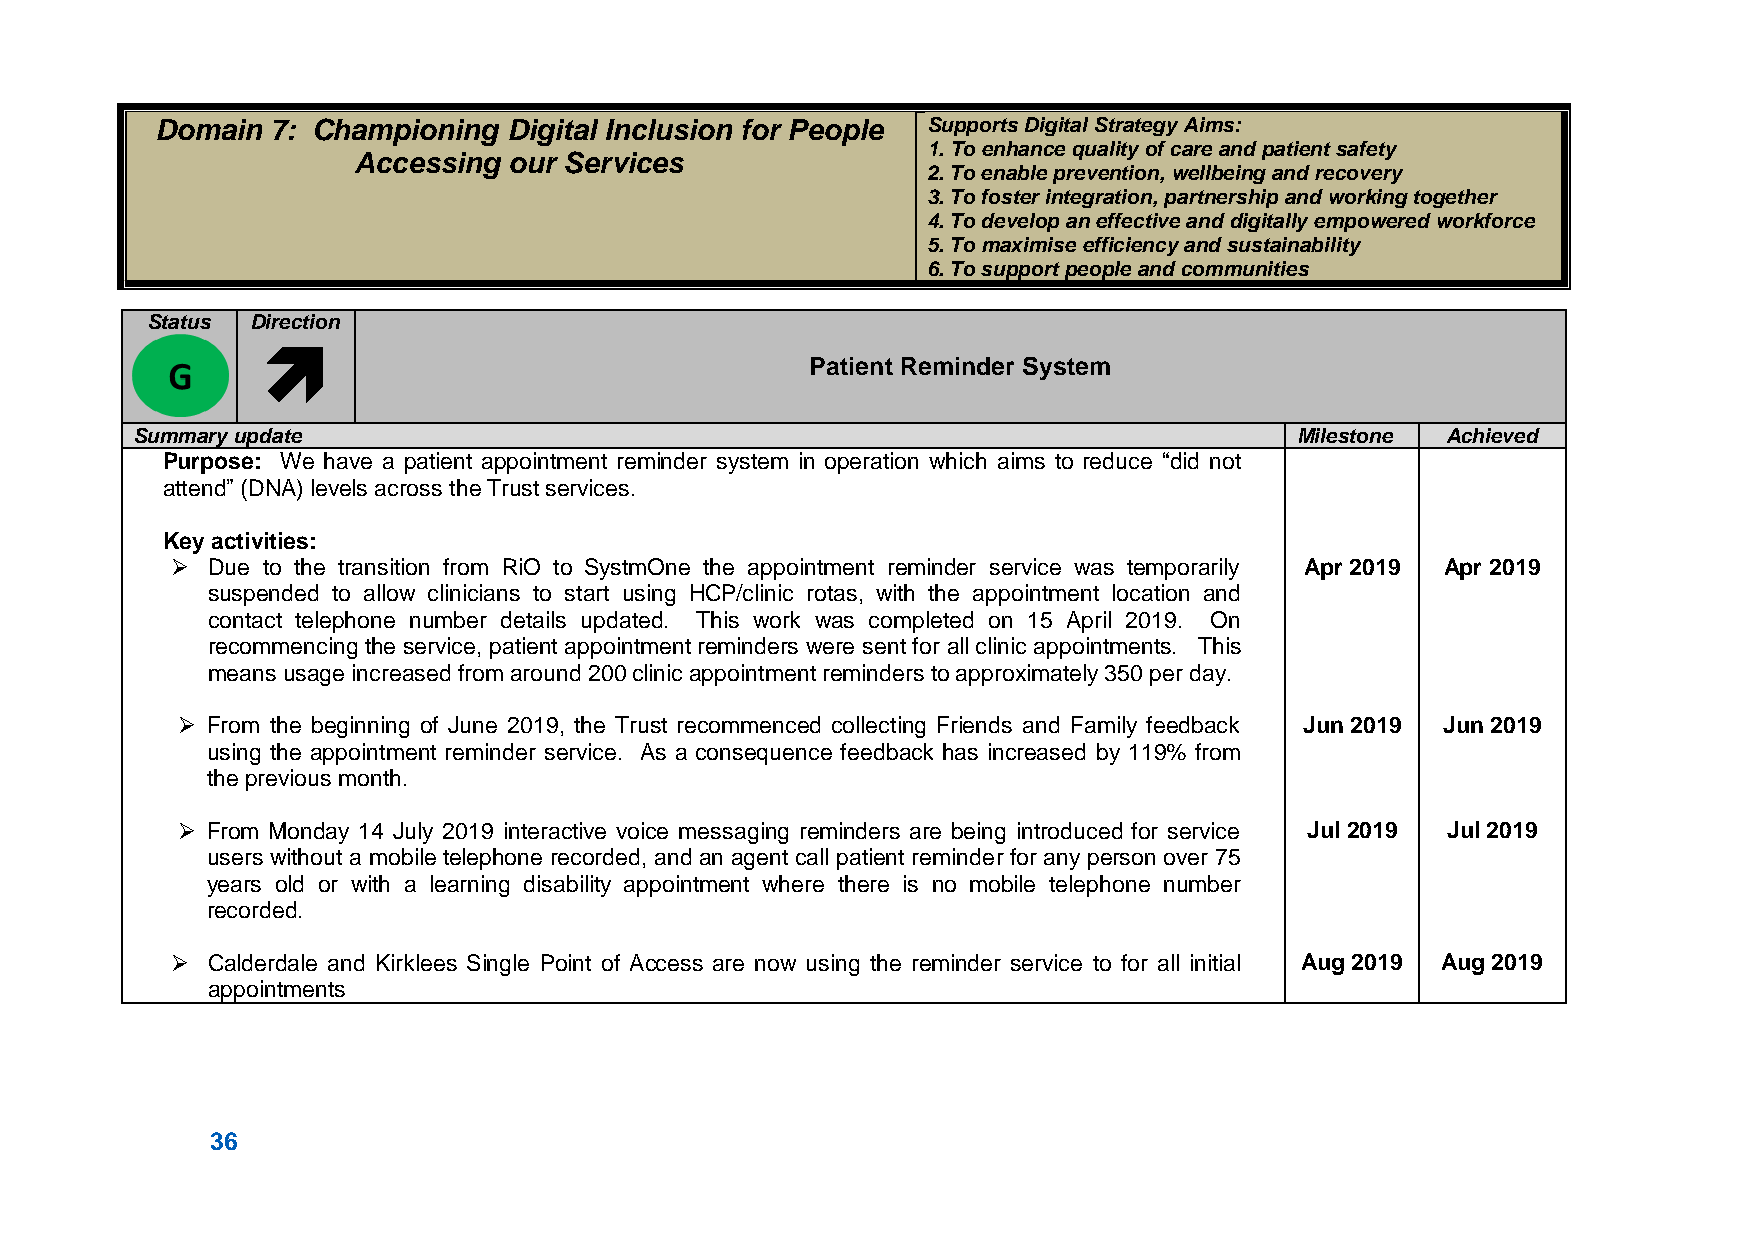
Domain  7: Championing  Digital Inclusion for People Supports Digital Strategy Aims:
 1. To enhance quality of care and patient safety
 Accessing  our Services
 2. To enable prevention, wellbeing and recovery
 3. To foster integration, partnership and working together
 4. To develop an effective and digitally empowered workforce
 5. To maximise efficiency and sustainability
 6. To support people and communities
 Status Direction
 
 Patient Reminder System
 Summary update                                                               Milestone Achieved
 Purpose: We have a patient appointment reminder system in operation which aims to reduce “did not
 attend” (DNA) levels across the Trust services.
 Key activities:
   Due to the transition from RiO to SystmOne the appointment reminder service was temporarily Apr 2019 Apr 2019
 suspended to allow clinicians to start using HCP/clinic rotas, with the appointment location and
 contact telephone number details updated. This work was completed on 15 April 2019. On
 recommencing the service, patient appointment reminders were sent for all clinic appointments. This
 means usage increased from around 200 clinic appointment reminders to approximately 350 per day.
  From the beginning of June 2019, the Trust recommenced collecting Friends and Family feedback Jun 2019 Jun 2019
 using the appointment reminder service. As a consequence feedback has increased by 119% from
 the previous month.
  From Monday 14 July 2019 interactive voice messaging reminders are being introduced for service Jul 2019 Jul 2019
 users without a mobile telephone recorded, and an agent call patient reminder for any person over 75
 years old or with a learning disability appointment where there is no mobile telephone number
 recorded.
   Calderdale and Kirklees Single Point of Access are now using the reminder service to for all initial Aug 2019 Aug 2019
 appointments
 36